Vaccination report Assam 1874-1896 - 1874-1896
Year: 1874
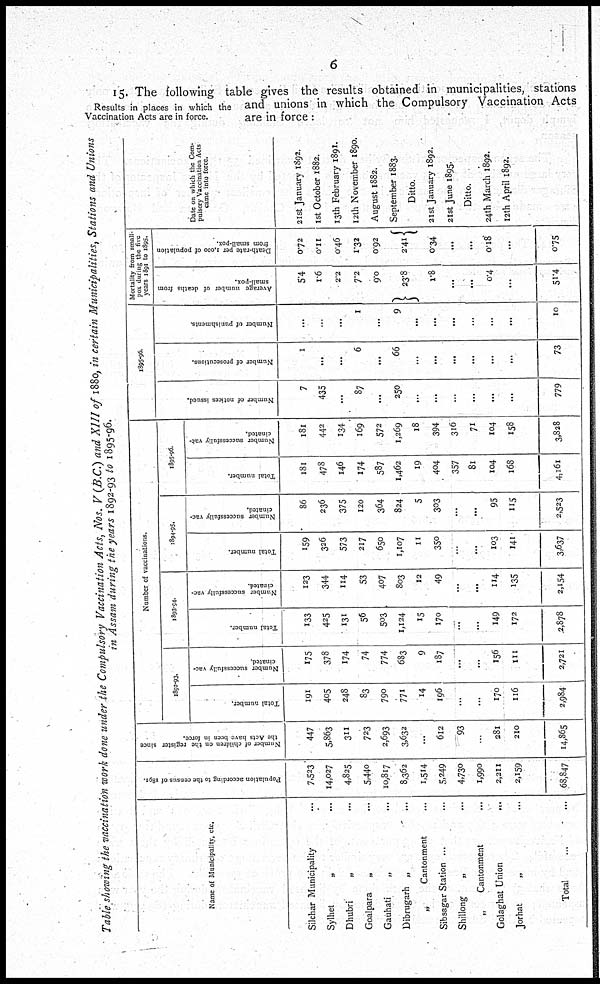
6
Results in places in which the
Vaccination Acts are in force.
15. The following table gives the results obtained in municipalities, stations
and unions in which the Compulsory Vaccination, Acts
are in force:
Table showing the vaccination work done under the Compulsory Vaccination Acts, Nos. V (B.C.) and XIII of 1880, in certain Municipalities, Stations and Unions
in Assam during the years 1892-93 to 1895-96.
Name of Municipality, etc.
Silchar Municipality ...
Sylhet
„ ...
Dhubri
„ ...
Goalpara
„ ...
Gauhati
„ ...
Dibrugarh „ ...
„
Cantonment ...
Sibsagar Station ... ...
Shillong
„ ...
„
Cantonment
...
Golaghat Union
...
Jorhat
„ ...
Total ... ...
Population according to the census of 1891.
7,523
14,027
4,825
5,440
10,817
8,362
1,514
5,249
4,730
1,990
2,211
2,159
68,847
Number of children on the register since
the Acts have been in force.
447
5,863
311
723
2,693
3,632
...
612
93
...
281
210
14,865
Number of vaccinations.
1892-93.
Total number.
191
405
248
83
790
771
14
196
...
...
170
1l6
2,984
Number successfully vac-
cinated.
175
378
174
74
774
683
9
187
...
...
156
111
2,721
1893-94.
Total number.
133
425
131
56
503
1,124
15
170
...
...
149
172
2,878
Number successfully vac-
cinated.
123
344
114
53
407
803
12
49
...
...
114
135
2,154
1894-95.
Total number.
159
326
573
217
650
1,107
11
350
...
...
103
141
3,637
Number successfully vac-
cinated.
86
236
375
120
364
824
5
303
...
...
95
115
2,523
1895-96.
Total number.
l8l
478
146
174
587
1,462
19
404
357
81
104
168
4,161
Number successfully vac-
cinated.
l8l
442
134
169
572
1,269
18
394
316
71
104
158
3,828
1895-96.
Number of notices issued.
7
435
...
87
...
250
...
...
...
...
...
...
779
Number of prosecutions.
1
...
...
6
...
66
...
...
...
...
...
...
73
Number of punishments.
...
...
...
1
...
9
...
...
...
...
...
...
10
Mortality from small¬
pox during the five
years 1891 to 1895.
Average number of deaths from
small-pox.
5.4
1.6
2.2
7.2
9.0
23.8
1.8
...
...
0.4
...
51.4
Death-rate per 1,000 of population
from small-pox.
0.72
0.11
0.46
1.32
0.92
2.41
0.34
...
...
0.18
...
0.75
Date on which the Com-
pulsory Vaccination Acts
came into force.
21st January 1892.
1st October 1882.
13th February 1891.
12th November 1890.
August 1882.
September 1883.
Ditto.
21st January 1892.
21st June 1895.
Ditto.
24th March 1892.
12th April 1892.